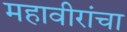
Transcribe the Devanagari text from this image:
महावीरांचा